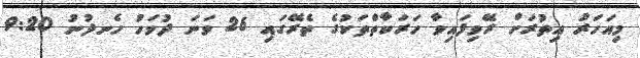
މިއަހަރު އިތުރަށް ރޭވިފައިވާ ހަރަކާތްތަކުގެ ތެރޭގައި 26 ވަނަ ދުވަހު ހެނދުނު 9:20